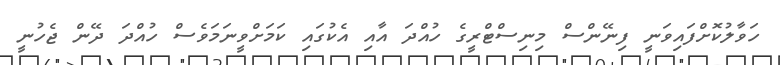
ހަވާލުކޮށްފައިވަނީ ފިނޭންސް މިނިސްޓްރީގެ ހުއްދަ އާއި އެކުގައި ކަމަށްވީނަމަވެސް ހުއްދަ ދޭން ޖެހުނީ